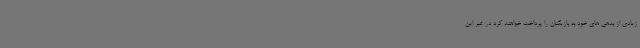
زیادی از بدهی های خود به بازیکنان را پرداخت خواهند کرد در غیر این